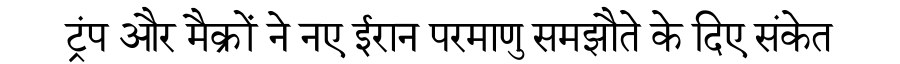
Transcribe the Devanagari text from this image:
ट्रंप और मैक्रों ने नए ईरान परमाणु समझौते के दिए संकेत